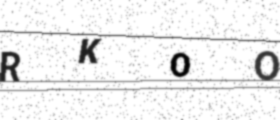
Text: RKOO